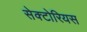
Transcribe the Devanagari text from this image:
सेक्टोरियस